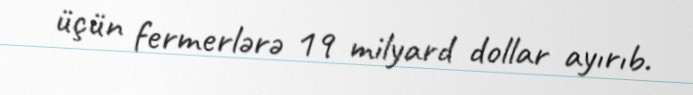
üçün fermerlərə 19 milyard dollar ayırıb.